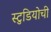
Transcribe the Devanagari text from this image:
स्टुडियोची